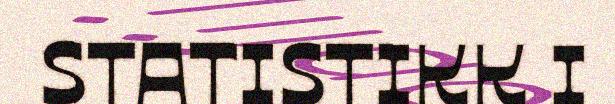
STATISTIKK I